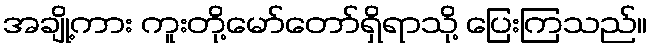
အချို့ကား ကူးတို့မော်တော်ရှိရာသို့ ပြေးကြသည်။